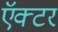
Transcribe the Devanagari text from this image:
ऍक्टर